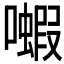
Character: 𫬗